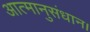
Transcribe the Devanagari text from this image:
आत्मानुसंधान।